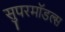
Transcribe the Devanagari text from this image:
सुपरमॉडल्स